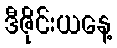
ဒီဇိုင်းယနေ့